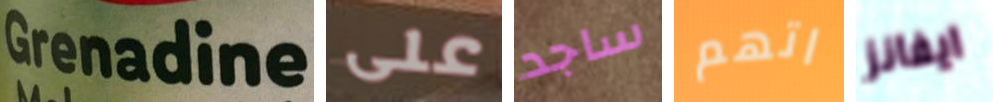
Grenadine على ساجد اتهم ايفانز